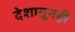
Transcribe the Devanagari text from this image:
देशातूनही